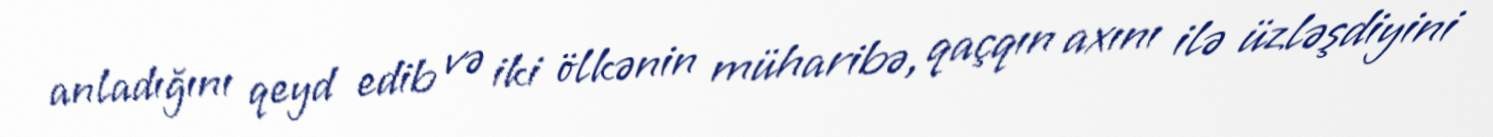
anladığını qeyd edib və iki ölkənin müharibə, qaçqın axını ilə üzləşdiyini